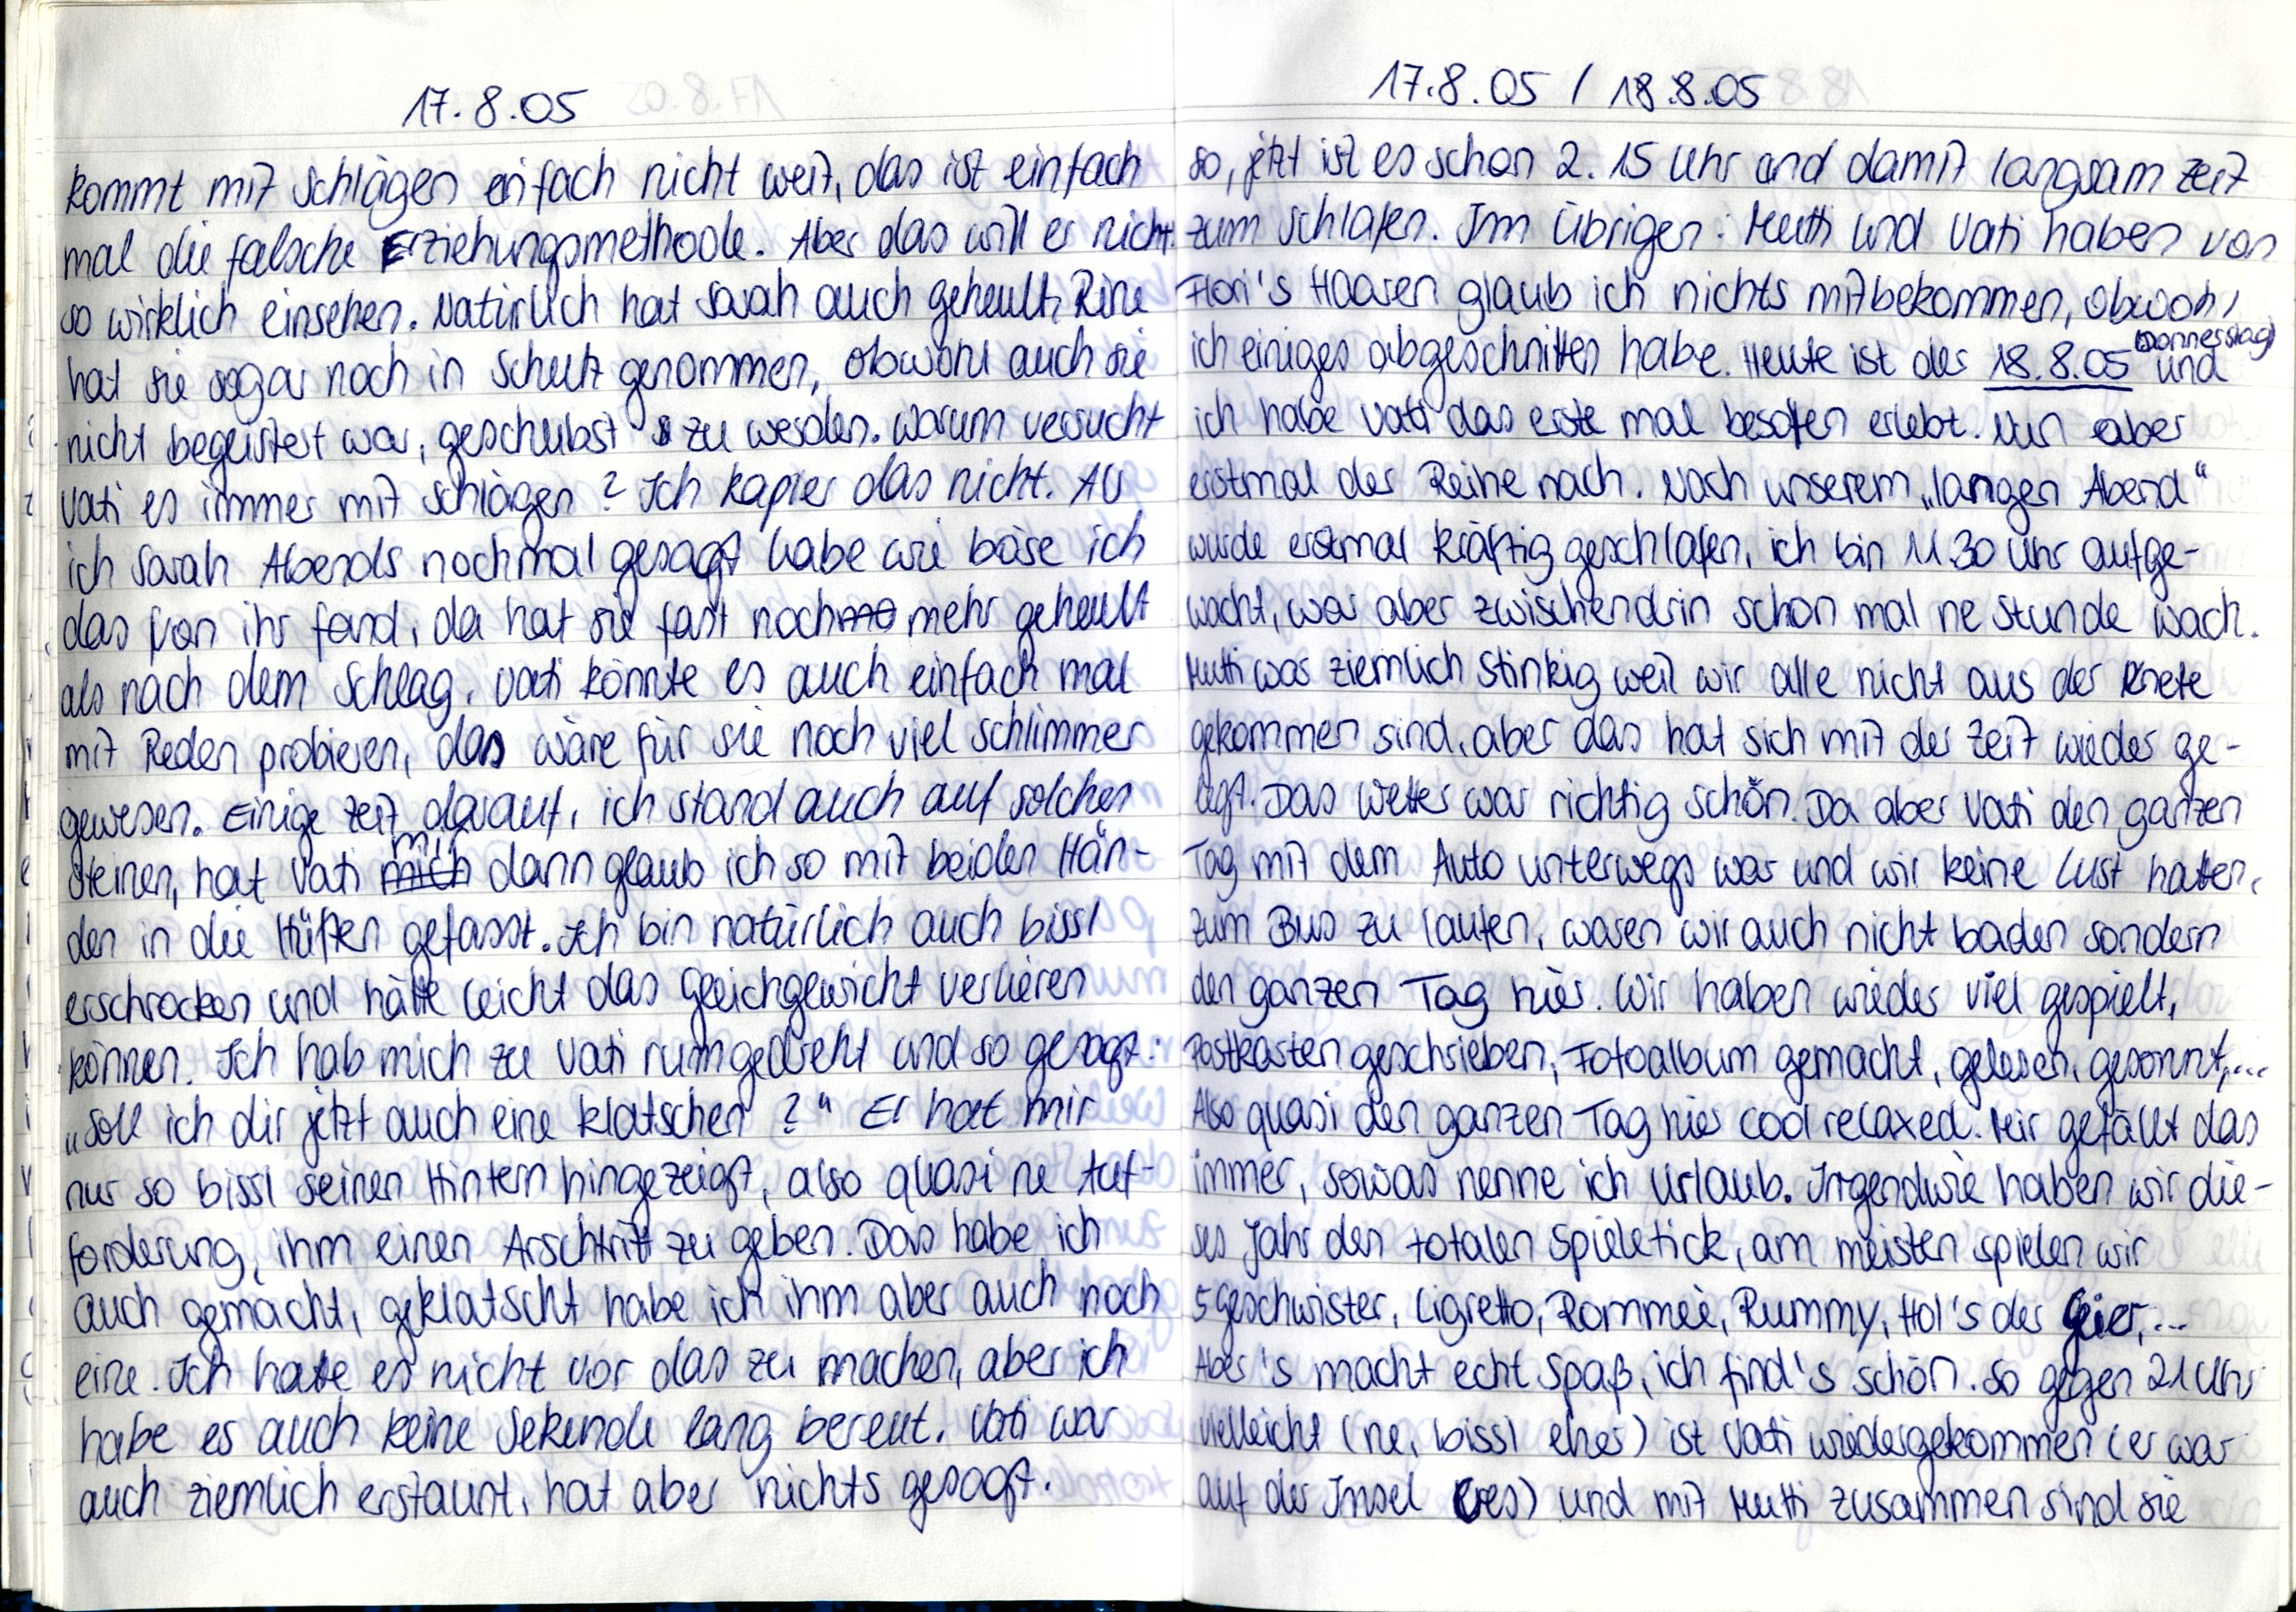
17.8.05
kommt mit Schlägen einfach nicht weit, das ist einfach
mal die falsche Erziehungsmethode. Aber das will er nicht
so wirklich einsehen. Natürlich hat Sarah auch geheult, Rine
hat sie sogar noch in Schutz genommen, obwohl auch sie
nicht begeistert war, geschubst zu werden. Warum versucht
Vati es immer mit Schlägen? Ich kapier das nicht. Als
ich Sarah Abends nochmal gesagt habe wie böse ich
das von ihr fand, da hat sie fast noch mehr geheult
als nach dem Schlag. Vati könnte es auch einfach mal
mit Reden probieren, das wäre für sie noch viel schlimmer
gewesen. Einige Zeit darauf, ich stand auch auf solchen
Steinen, hat Vati mir dann glaub ich so mit beiden Hän-
den in die Hüften gefasst. Ich bin natürlich auch bissl
erschrocken und hätte leicht das Gleichgewicht verlieren
können. Ich hab mich zu Vati rumgedreht und so gesagt:
„soll ich dir jetzt auch eine klatschen?" Er hat mir
nur so bissl seinen Hintern hingezeigt, also quasi ne Auf-
forderung, ihm einen Arschtritt zu geben. Das habe ich
auch gemacht, geklatscht habe ich ihm aber auch noch
eine. Ich hatte es nicht vor das zu machen, aber ich
habe es auch keine Sekunde lang bereut. Vati war
auch ziemlich erstaunt, hat aber nichts gesagt.

17.8.05 / 18.8.05
so, jetzt ist es schon 2.15 Uhr und damit langsam Zeit
zum schlafen. Im übrigen: Mutti und Vati haben von
Flori's Haaren glaub ich nichts mitbekommen, obwohl
(Donnerstag)
ich einiges abgeschnitten habe. Heute ist der 18.8.05 und
ich habe Vati das erste mal besoffen erlebt. Nun aber
erstmal der Reihe nach. Nach unserem „langen Abend"
wurde erstmal kräftig geschlafen, ich bin 11.30 Uhr aufge-
wacht, war aber zwischendrin schon mal ne Stunde wach.
Mutti war ziemlich stinkig weil wir alle nicht aus der Knete
gekommen sind, aber das hat sich mit der Zeit wieder ge-
legt. Das Wetter war richtig schön. Da aber Vati den ganzen
Tag mit dem Auto unterwegs war und wir keine Lust hatten,
zum Bus zu laufen, waren wir auch nicht baden sondern
den ganzen Tag hier. Wir haben wieder viel gespielt,
Postkarten geschrieben, Fotoalbum gemacht, gelesen, gesonnt,...
Also quasi den ganzen Tag hier cool relaxed. Mir gefällt das
immer, sowas nenne ich Urlaub. Irgendwie haben wir die-
ses Jahr den totalen Spieletick, am meisten spielen wir
5 Geschwiter, Ligretto, Romeè, Rummy, Hol's der Geier,...
Aber's macht echt Spaß, ich find's schön. So gegen 21Uhr
vielleicht (ne, bissl eher) ist Vati wiedergekommen (er war
auf der Insel Cres) und mit Mutti zusammen sind sie